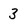
Character: 3